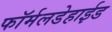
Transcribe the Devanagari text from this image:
फॉर्मलडेहाईड